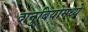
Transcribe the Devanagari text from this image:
दानुबियोमध्ये